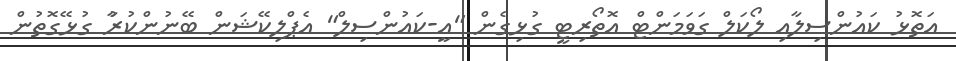
އަތޮޅު ކައުންސިލާއި ލޯކަލް ގަވަމަންޓް އޮތޯރިޓީ ގުޅިގެން "އީ-ކައުންސިލް" އެޕްލިކޭޝަން ބޭނުންކުރުާ ގުޅޭގޮތުން